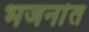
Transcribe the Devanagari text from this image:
भजनांत